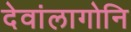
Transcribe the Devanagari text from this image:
देवांलागोनि